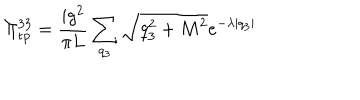
\Pi _ { \mathrm { t p } } ^ { 3 3 } = \frac { i g ^ { 2 } } { \pi L } \sum _ { q _ { 3 } } \sqrt { q _ { 3 } ^ { 2 } + M ^ { 2 } } e ^ { - \lambda | q _ { 3 } | }